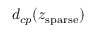
d _ { c p } ( z _ { \mathrm { s p a r s e } } )